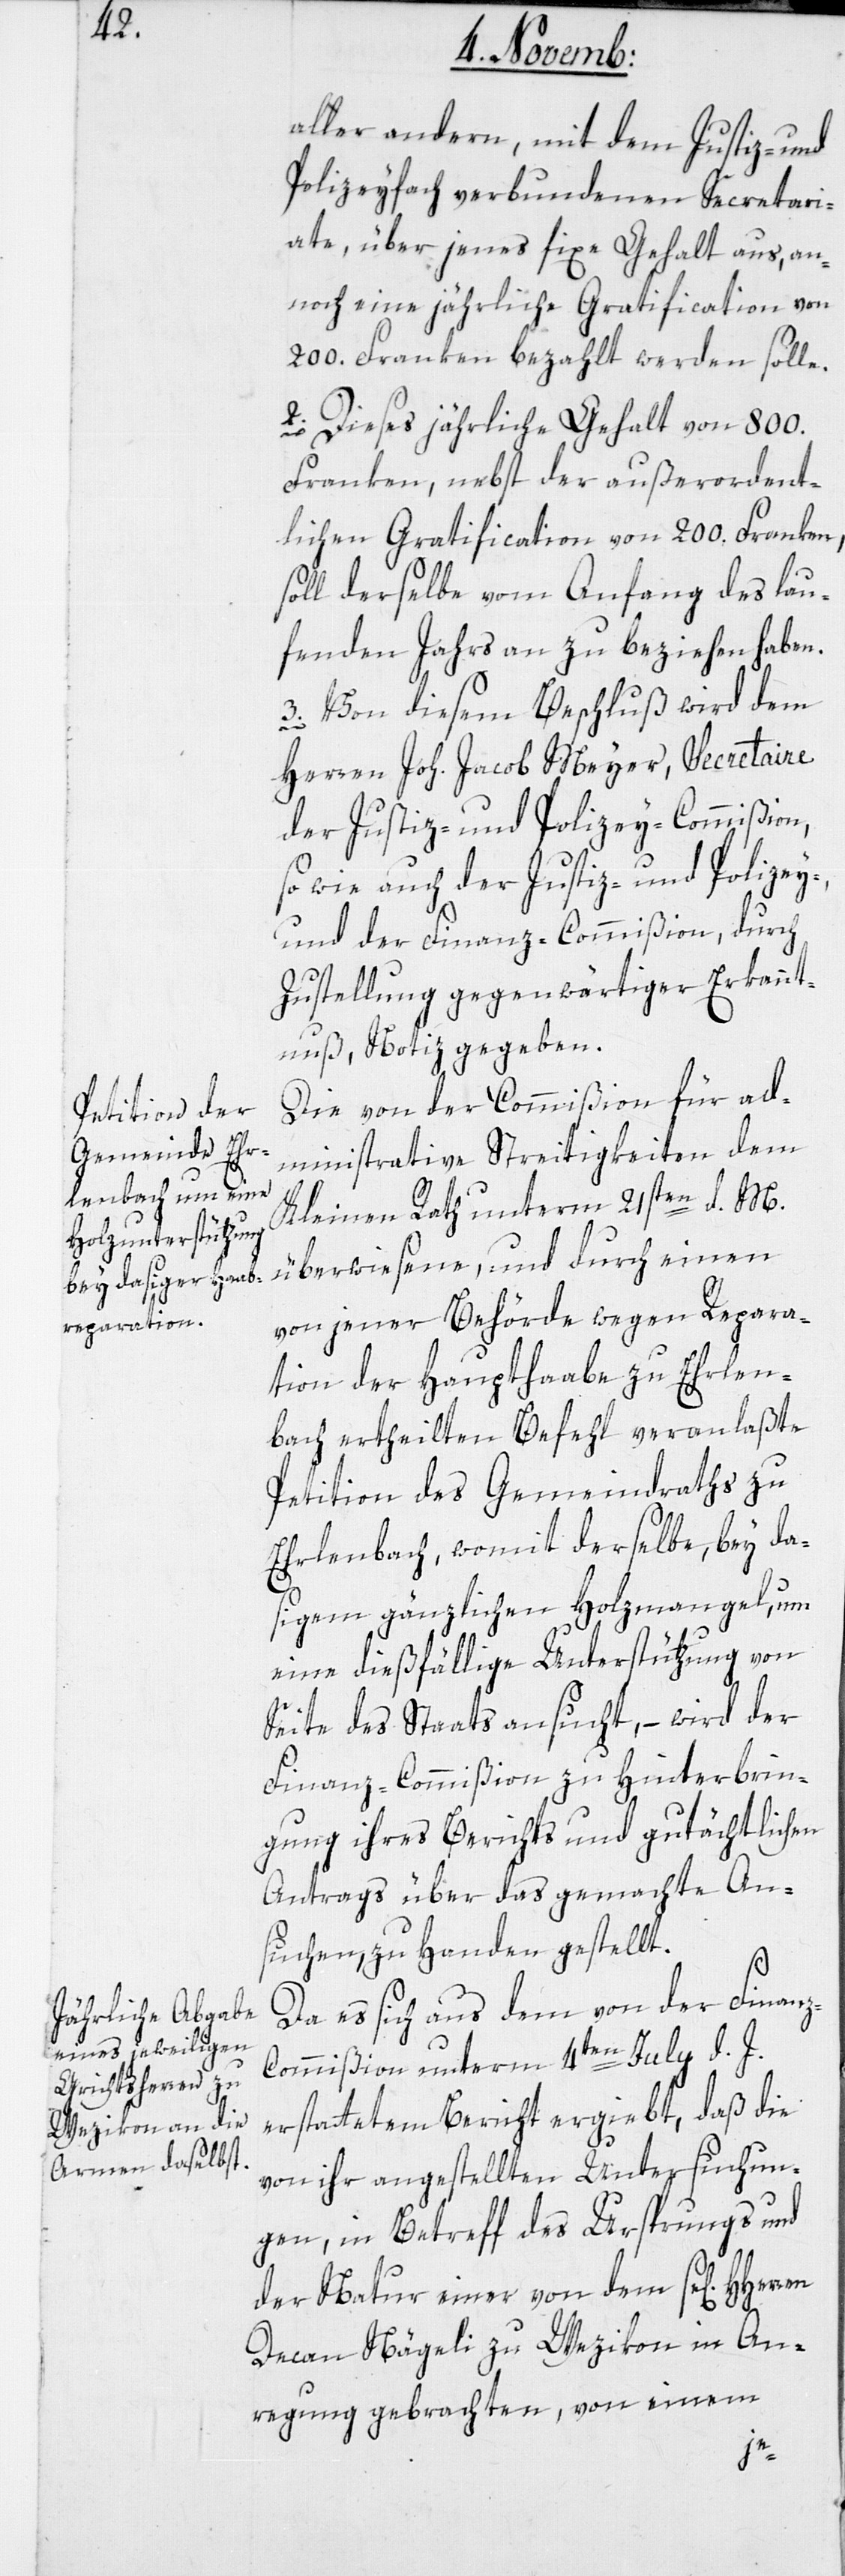
aller andern, mit dem Justiz- und
Polizeyfach verbundenen Secretari¬
ate, über jenes fixe Gehalt aus, an¬
noch jährliche Gratification von
200. Franken bezahlt werden solle.
2. Dieses jährliche Gehalt von 800.
Franken nebst der außerordent¬
lichen Gratification von 200. Franken,
soll derselbe vom Anfang des lau¬
fenden Jahrs an zu beziehen haben.
3. Von diesem Beschluß wird dem
Herren Joh. Jacob Meyer, Secretaire
der Justiz- und Polizey-Commißion,
sowie auch der Justiz- und Polizey-
und der Finanz-Commißion, durch
Zustellung gegenwärtiger Erkannt¬
nuß, Notiz gegeben.
Die von der Commißion für ad¬
ministrative Streitigkeiten dem
Kleinen Rath unterm 21sten d. M.
überwiesene, und durch einen
von jener Behörde wegen Repara¬
tion der Haupthaabe zu Erlen¬
bach ertheilten Befehl veranlaßte
Petition des Gemeindrats zu
Erlenbach, womit derselbe bey da¬
sigem gänzlichen Holzmangel, um
eine dießfällige Unterstützung von
Seite des Staats ansucht, – wird der
Finanz-Commißion zu Hinterbrin¬
gung ihres Berichts und gutächtlichen
Antrags über das gemachte An¬
suchen, zu Handen gestellt.
Da es sich aus dem von der Finan¬
ommißion unterm 4ten Julii d. J.
erstattetem Bericht ergiebt, daß die
von ihr angestellten Untersuchun¬
gen, in Betreff des Ursprungs und
der Natur einer von dem se[ligen]
Decan Nägeli zu Wezikon in An¬
regung gebrachten, von einem
z-C¬